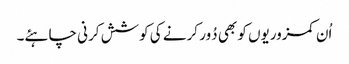
اُن کمزوریوں کو بھی دُور کرنے کی کوشش کرنی چاہئے۔